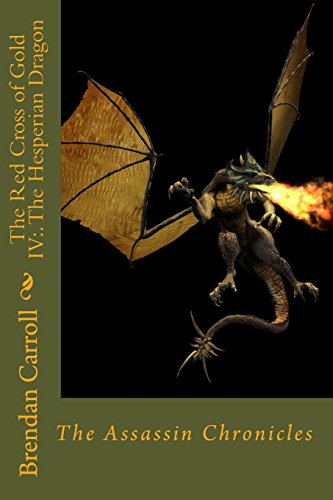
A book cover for The Red Cross of Gold IV:. The Hesperian Dragon: Assassin Chronicles (The Red Cross of Gold: the Assassin Chronicles); Brendan Carroll; Science Fiction & Fantasy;